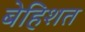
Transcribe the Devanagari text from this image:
बेहिशत